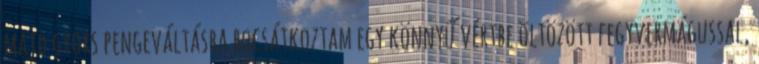
majd gyors pengeváltásba bocsátkoztam egy könnyű vértbe öltözött fegyvermágussal,